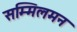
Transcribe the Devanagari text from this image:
सम्मिलमन